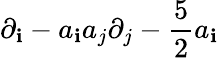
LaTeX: \partial_{\mathbf{i}}-a_{\mathbf{i}}a_{j}\partial_{j}-{\frac{{5}}{{2}}}a_{\mathbf{i}}